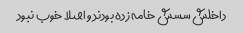
داخلش سسش خامه زده بودند و اصلا خوب نبود